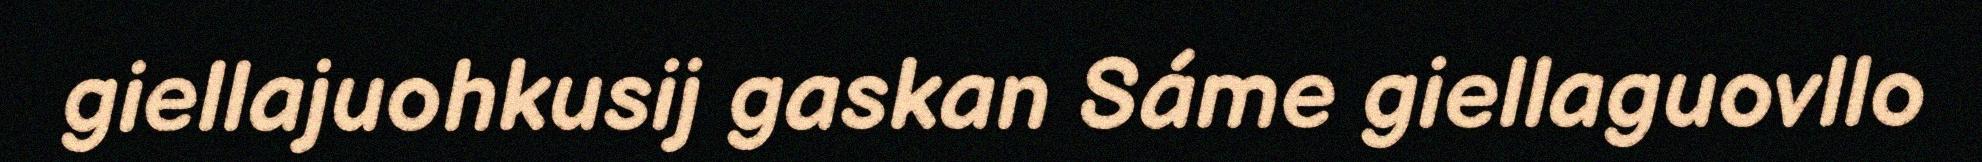
giellajuohkusij gaskan Sáme giellaguovllo